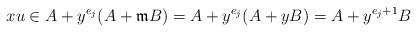
LaTeX: \begin{align*} xu \in A+y^{e_j}(A+\mathfrak{m}B) = A+y^{e_j}(A+yB) = A+y^{e_j+1}B\end{align*}